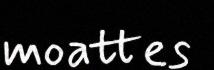
moattes